Report of the Hyderabad Chloroform Commission
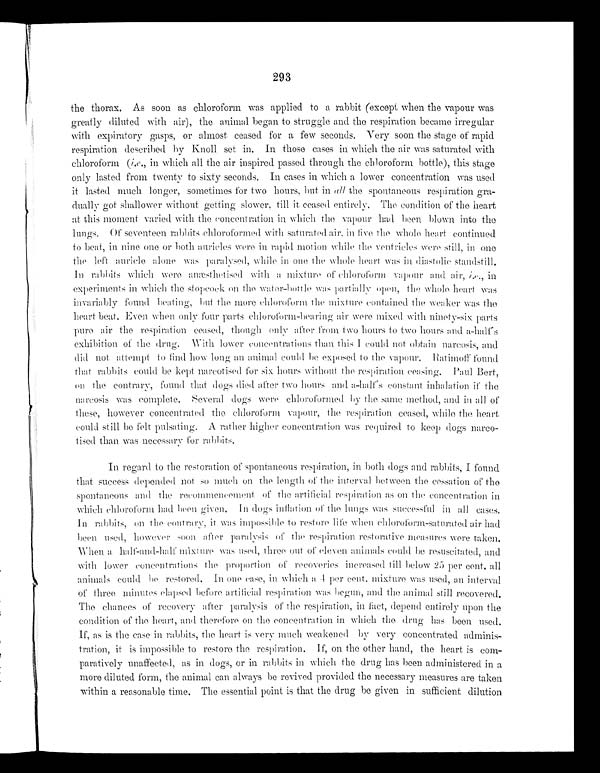
293
the thorax. As soon as chloroform was applied to a rabbit (except when the vapour was
greatly diluted with air), the animal began to struggle and the respiration became irregular
with expiratory gasps, or almost ceased for a few seconds. Very soon the stage of rapid
respiration described by Knoll set in. In those cases in which the air was saturated with
chloroform ( i.e ., in which all the air inspired passed through the chloroform bottle), this stage
only lasted from twenty to sixty seconds. In cases in which a lower concentration was used
it lasted much longer, sometimes for two hours, but in all the spontaneous respiration gra
-dually got shallower without getting slower, till it ceased entirely. The condition of the heart
at this moment varied with the concentration in which the vapour had been blown into the
l u n g s . O f s e v e n t e e n r a b b i t s c h l o r o f o r m e d w i t h s a t u r a t e d a i r , i n f i v e t h e w h o l e h e a r t c o n t i n u e d
to beat, in nine one or both auricles were in rapid motion while the ventricles were still, in one
the left auricle alone was paralysed, while in one the whole heart was in diastolic standstill.
In rabbits which were anæsthetised with a mixture of chloroform vapour and air, i . e
. , i n
experiments in which the stopcock on the water-bottle was partially open, the whole heart was
invariably found beating, but the more chloroform the mixture contained the weaker was the
heart beat. Even when only four parts chloroform-bearing air were mixed with ninety-six parts
pure air the respiration ceased, though only after from two hours to two hours and a-half
exhibition of the drug. With lower concentrations than this I could not obtain narcosis, and
did not attempt to find how long animal could be exposed to the vapour. Ratimoff found
that rabbits could be kept narcotised for six hours without the respiration ceasing. Paul Bert,
on the contrary, found that dogs died after two hours and a-halfs constant inhalation if the
narcosis was complete. Several dogs were chloroformed by the same method, and in all of
these, however concentrated the chloroform vapour, the respiration ceased, while the heart
could still be felt pulsating. A rather higher concentration was required to keep dogs narco
-tised than was necessary for rabbits.
In regard to the restoration of spontaneous respiration, in both dogs and rabbits, I found
that success depended not so much on the length of the interval between the cessation of the
spontaneous and the recommencement of the artificial respiration as on the concentration in
which chloroform had been given. In dogs inflation of the lungs was in cases.
In rabbits, on the contrary, it was impossible to restore life when chloroform-saturated air had
been used, however soon after paralysis of the respiration restorative measures were taken.
When a half-and-half mixture was used, three out of eleven animals could be resuscitated, and
with lower concentrations the proportion of recoveries increased till below 25 per cent. all
a n i m a l s c o u l d b e r e s t o r e d . I n o n e c a s e , w h i c h a 4 p e r c e n t . m i x t u r e w a s u s e d , a n i n t e r v a l
of three minutes elapsed before artificial respiration was begun, and the animal still recovered.
The chances of recovery after paralysis of the respiration, in fact, depend entirely upon the
condition of the heart, and therefore on the concentration in which the drug has been used.
if, as is the case in rabbits, the heart is very munch weakened by very concentrated adminis
-tration, it is impossible to restore the respiration. If, on the other hand, the heart is com
- p a r a t i v e l y u n a f f e c t e d , a s i n d o g s , o r i n r a b b i t s i n w h i c h t h e d r u g h a s b e e n a d m i n i s t e r e d i n a
more diluted form, the animal can always be revived provided the necessary measures are taken
within a reasonable time. The essential point is that the drug be given in sufficient dilution